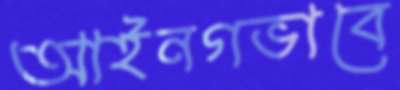
আইনগভাবে